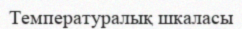
Температуралық шкаласы